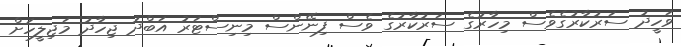
ވަހީދު ސަރުކާރުގެވެސް މިހާރުގެ ސަރުކާރުގެ ވެސް ފިނޭންސް މިނިސްޓަރު އަބްދު ޖިހާދު މަޖިލީހަށް